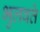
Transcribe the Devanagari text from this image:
भुलवते